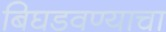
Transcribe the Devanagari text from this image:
बिघडवण्याचा